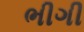
ભીગી